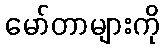
မော်တာများကို